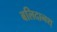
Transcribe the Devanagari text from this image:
बलिदानश्